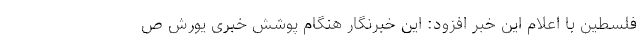
فلسطین با اعلام این خبر افزود: این خبرنگار هنگام پوشش خبری یورش ص